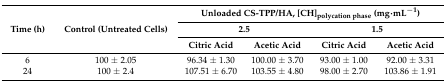
<table><thead><tr><td rowspan="3"><b>Time (h)</b></td><td rowspan="3"><b>Control (Untreated Cells)</b></td><td colspan="4"><b>Unloaded CS-TPP/HA, [CH]<sub>polycation phase</sub> (mg·mL<sup>−1</sup>)</b></td></tr><tr><td colspan="2"><b>2.5</b></td><td colspan="2"><b>1.5</b></td></tr><tr><td><b>Citric Acid</b></td><td><b>Acetic Acid</b></td><td><b>Citric Acid</b></td><td><b>Acetic Acid</b></td></tr></thead><tbody><tr><td>6</td><td>100 ± 2.05</td><td>96.34 ± 1.30</td><td>100.00 ± 3.70</td><td>93.00 ± 1.00</td><td>92.00 ± 3.31</td></tr><tr><td>24</td><td>100 ± 2.4</td><td>107.51 ± 6.70</td><td>103.55 ± 4.80</td><td>98.00 ± 2.70</td><td>103.86 ± 1.91</td></tr></tbody></table>